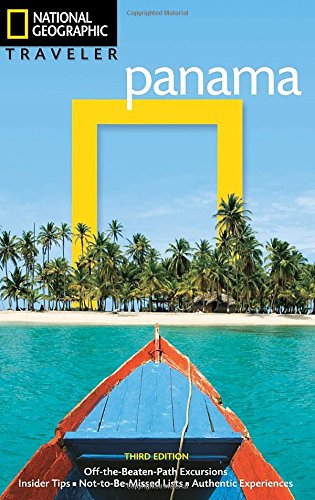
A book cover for National Geographic Traveler: Panama, 3rd Edition; Christopher Baker; Travel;